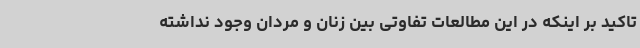
تاکید بر اینکه در این مطالعات تفاوتی بین زنان و مردان وجود نداشته